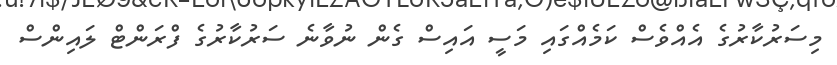
މިސަރުކާރުގެ އެއްވެސް ކަމެއްގައި މަސީ އައިސް ގެން ނުވާނެ ސަރުކާރުގެ ފްރަންޓް ލައިންސް